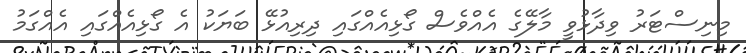
މިނިސްޓަރު ވިދާޅުވީ މާލޭގެ އެއްވެސް ގޯޅިއެއްގައި ދިރިއުޅޭ ބަޔަކު އެ ގޯޅިއެއްގައި އެއްގަމު